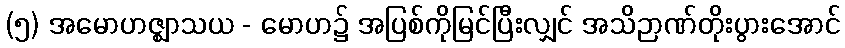
(၅) အမောဟဇ္ဈာသယ - မောဟ၌ အပြစ်ကိုမြင်ပြီးလျှင် အသိဉာဏ်တိုးပွားအောင်